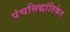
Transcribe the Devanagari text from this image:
पंचसिद्धांतिकेत